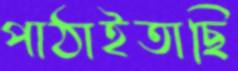
পাঠাইতাছি